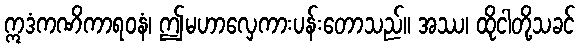
ဣဒံကဏိကာရဝနံ၊ ဤမဟာလှေကားပန်းတောသည်။ အဿ၊ ထိုငါတို့သခင်